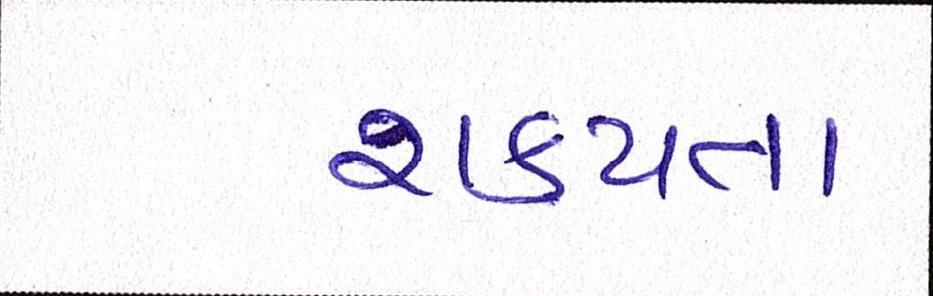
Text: શકયતા